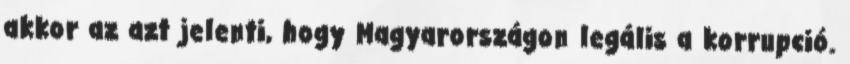
akkor az azt jelenti, hogy Magyarországon legális a korrupció.